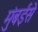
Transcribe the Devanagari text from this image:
मुंबईसे